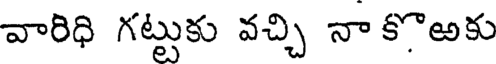
వారిధి గట్టుకు వచ్చి నా కొఅకు